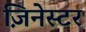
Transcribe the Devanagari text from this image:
ज़िनेस्टर